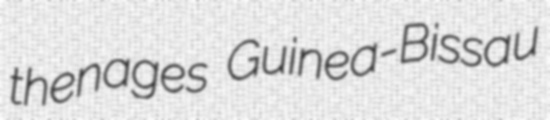
thenages Guinea-Bissau